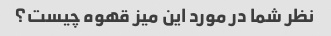
نظر شما در مورد این میز قهوه چیست؟